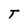
Character: T